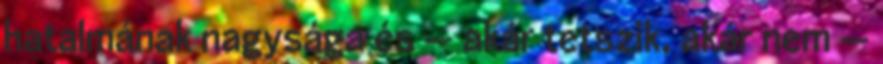
hatalmának nagysága és — akár tetszik, akár nem —